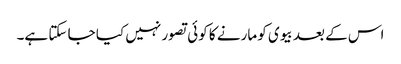
اس کے بعد بیوی کو مارنے کا کوئی تصور نہیں کیا جا سکتا ہے۔